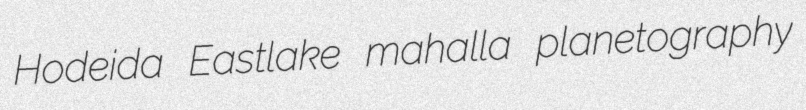
Hodeida Eastlake mahalla planetography